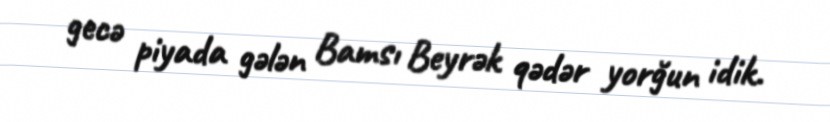
gecə piyada gələn Bamsı Beyrək qədər yorğun idik.